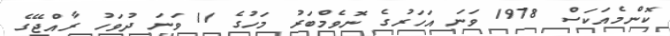
ކޮންމެއަކަސް 1978 ވަނަ އަހަރުގެ ނޮވެމްބަރު މަހުގެ 11 ވަނަ ދުވަހު ރާއްޖޭގެ